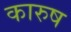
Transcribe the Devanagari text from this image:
कारुष